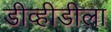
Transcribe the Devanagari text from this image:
डीव्हीडीला